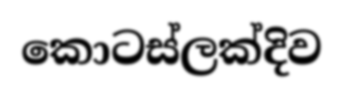
කොටස්ලක්දිව